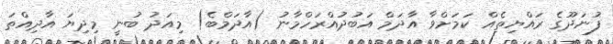
ފުނަދޫގެ ރައްޔިތެއް ކަމަށްވާ އާދަމް އަބުދުއްރަހްމާނު (އާދަމްބެ) މިއަދު ބުނީ މިދިޔަ އާދިއްތަ